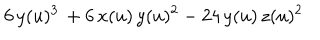
6 \, y ( u ) ^ { 3 } \, + 6 \, x ( u ) \, y ( u ) ^ { 2 } - 2 4 \, y ( u ) \, z ( u ) ^ { 2 }